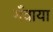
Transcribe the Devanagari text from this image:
गँवाया